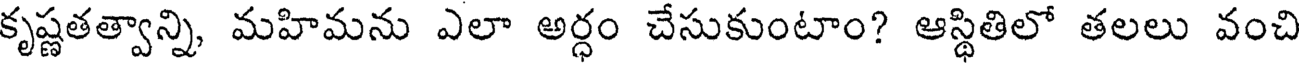
కృష్ణతత్వాన్ని, మహిమను ఎలా అర్ధం చేసుకుంటాం? ఆస్థితిలో తలలు వంచి